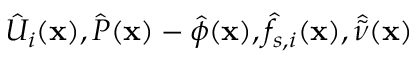
\hat { U } _ { i } ( \mathbf { x } ) , \hat { P } ( \mathbf { x } ) - \hat { \phi } ( \mathbf { x } ) , \hat { f } _ { s , i } ( \mathbf { x } ) , \hat { \tilde { \nu } } ( \mathbf { x } )